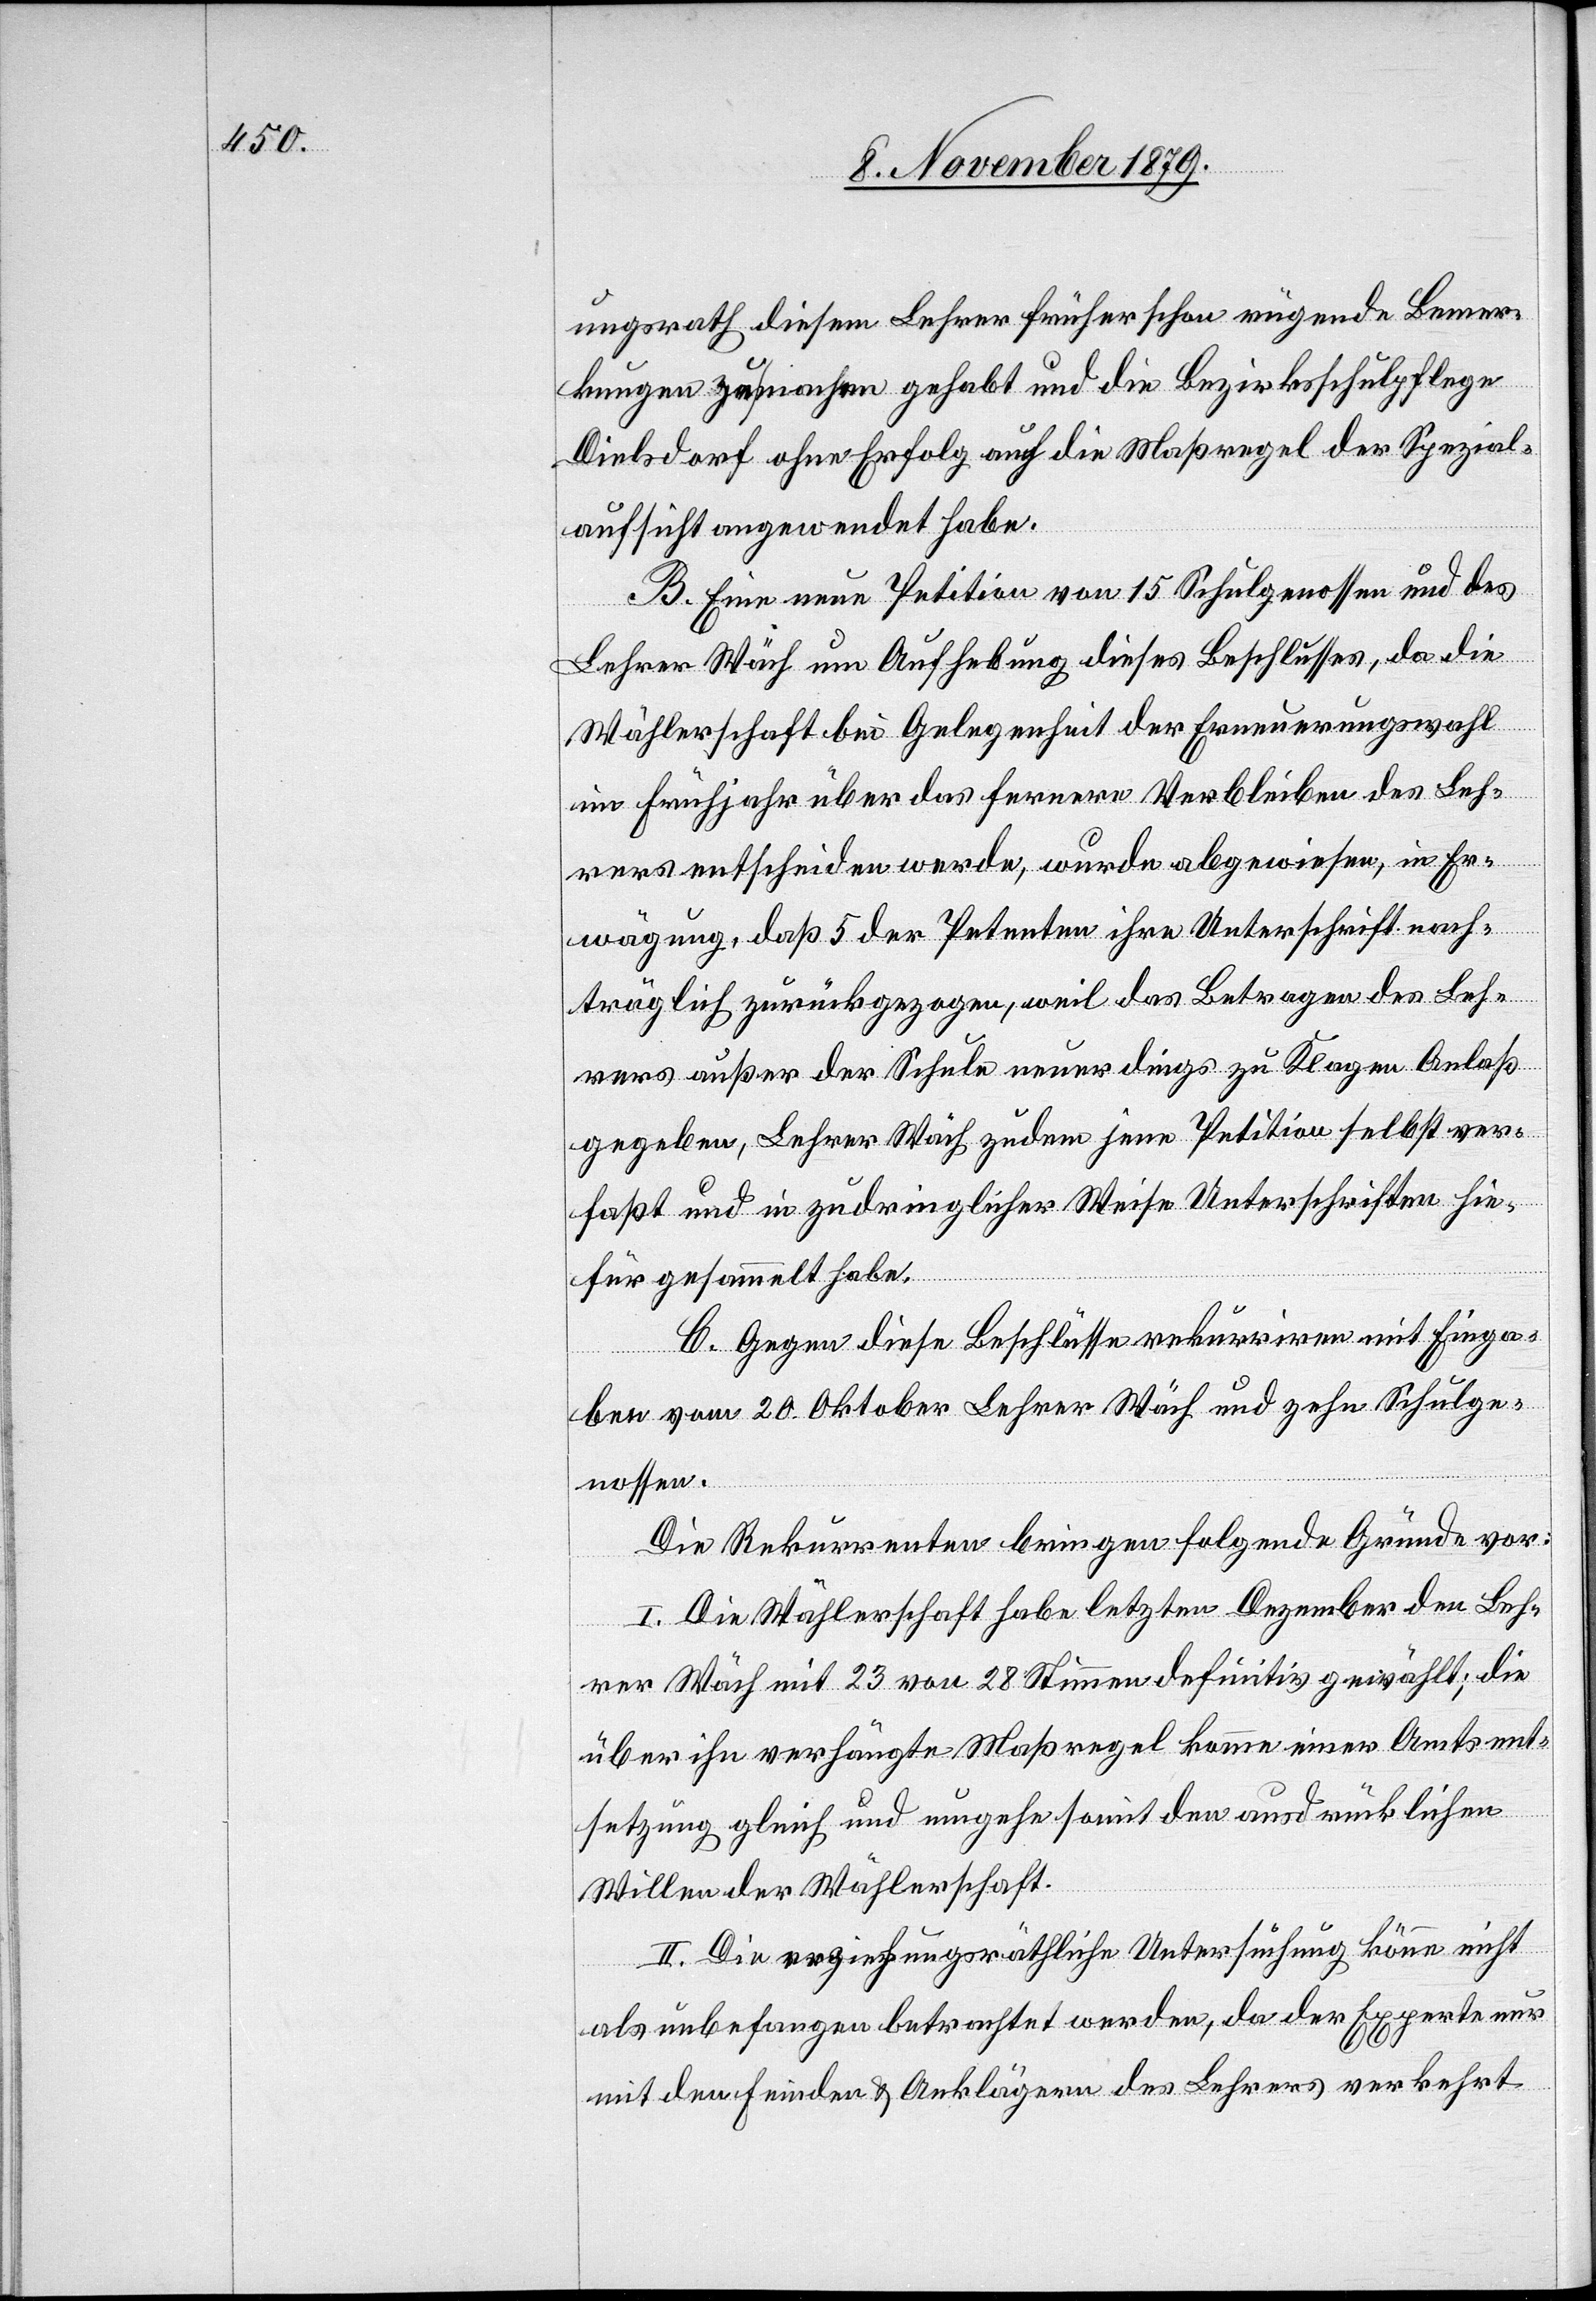
ungsrath diesem Lehrer früher schon rügende Bemer¬
kungen zu machen gehabt und die Bezirksschulpflege
Dielsdorf ohne Erfolg auch die Maßregel der Spezial¬
aufsicht angewandt habe.
B. Eine neue Petition von 15 Schulgenossen und des
Lehrer Wäch um Aufhebung dieses Beschlusses, da die
Wählerschaft bei Gelegenheit der Erneuerungswahl
im Frühjahr über das fernere Verbleiben des Leh¬
an¬
rers entscheiden werde, wurde abgewiesen, in Er¬
wägung, daß 5 der Petenten ihre Unterschrift nach¬
träglich zurückgezogen, weil das Betragen des Leh¬
rers außer der Schule neuerdings zu Klagen Anlaß
gegeben, Lehrer Wäch zudem jene Petition selbst ver¬
laßt und in zudringlicher Weise Unterschriften hie¬
für gesammelt habe.
C. Gegen diese Beschlüsse rekurriren mit Einga¬
be vom 20. Oktober Lehrer Wäch und zehn Schulge¬
nossen.
Die Rekurrenten bringen folgende Gründe vor:
I. Die Wählerschaft habe letzten Dezember den Leh¬
rer Wäch mit 23 von 28 Stimmen definitiv gewählt; die
über ihn verhängte Maßregel komme einer Amtsent¬
setzung gleich und umgehe somit den ausdrücklichen
Willen der Wählerschaft.
II. Die erziehungsräthliche Untersuchung könne nicht
als unbefangen betrachtet werden, da der Experte nur
mit den Feinden & Anklägern des Lehrer verkehrt